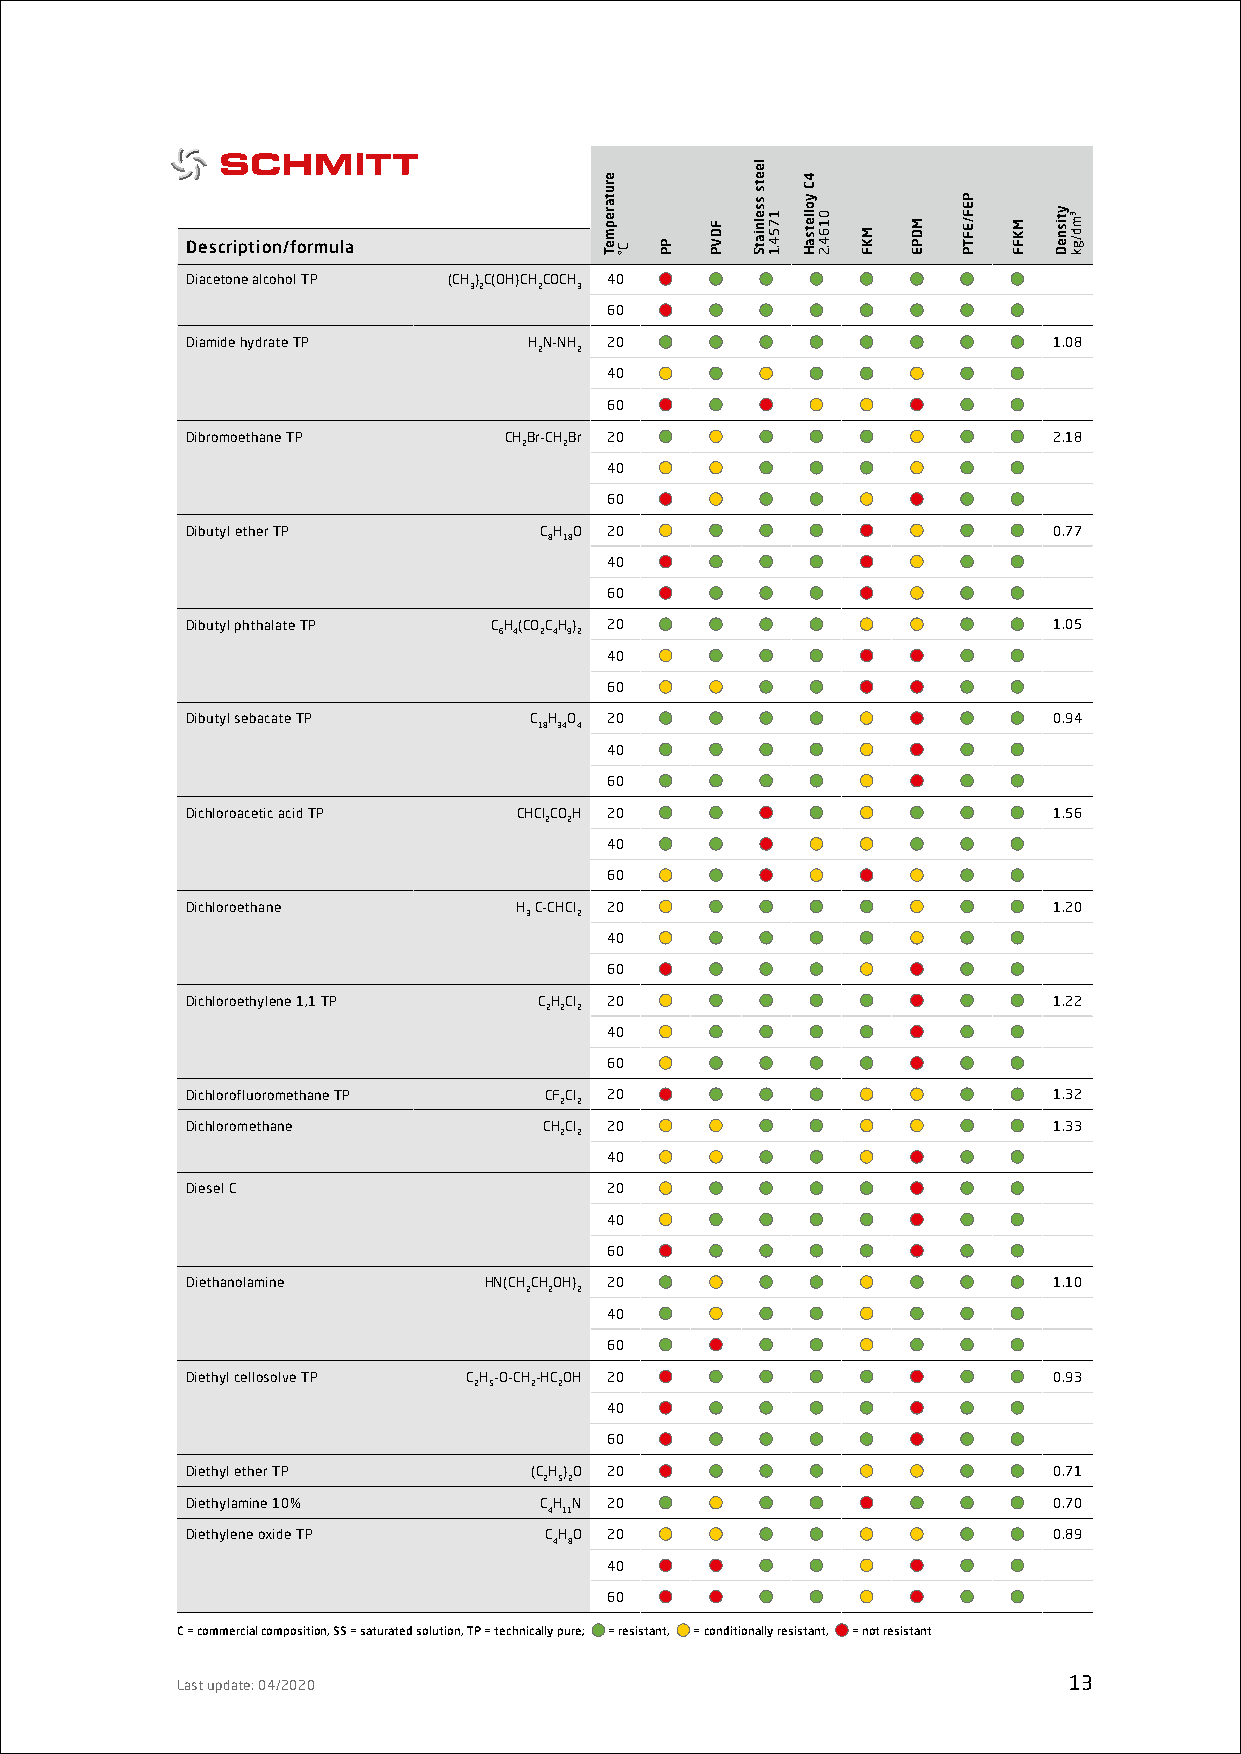
Description/formula
 Diacetone alcohol TP (CH)C(OH)CHCOCH 40
 32   2 3
 60
 Diamide hydrate TP     HN-NH 20                           1.08
 2 2
 40
 60
 Dibromoethane TP     CHBr-CHBr 20                         2.18
 2 2
 40
 60
 Dibutyl ether TP        CH O 20                           0.77
 8 18
 40
 60
 Dibutyl phthalate TP CH(COCH) 20                          1.05
 6 4 2 4 92
 40
 60
 Dibutyl sebacate TP    C H O 20                           0.94
 18 34 4
 40
 60
 Dichloroacetic acid TP CHClCOH 20                         1.56
 2 2
 40
 60
 Dichloroethane        H C-CHCl 20                         1.20
 3  2
 40
 60
 Dichloroethylene 1,1 TP CHCl 20                           1.22
 2 2 2
 40
 60
 Dichlorofluoromethane TP CFCl 20                          1.32
 2 2
 Dichloromethane         CHCl 20                           1.33
 2 2
 40
 Diesel C                    20
 40
 60
 Diethanolamine      HN(CHCHOH) 20                         1.10
 2 2 2
 40
 60
 Diethyl cellosolve TP CH-O-CH-HCOH 20                     0.93
 2 5 2 2
 40
 60
 Diethyl ether TP       (CH)O 20                           0.71
 2 52
 Diethylamine 10%        CH N 20                           0.70
 4 11
 Diethylene oxide TP     CHO 20                            0.89
 4 8
 40
 60
 C = commercial composition, SS = saturated solution, TP = technically pure; = resistant, = conditionally resistant, = not resistant
 Last update: 04/2020                                       13
 erutarepmeT
 C° PP
 FDVP
 leets
 sselniatS
 1754.1
 4C
 yolletsaH
 0164.2
 MKF
 MDPE
 PEF/EFTP
 MKFF
 ytisneD ³md/gk